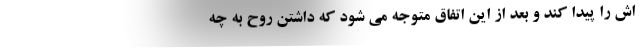
اش را پیدا کند و بعد از این اتفاق متوجه می شود که داشتن روح به چه